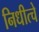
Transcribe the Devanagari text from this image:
निधीत्चे